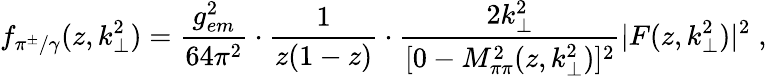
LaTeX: f_{\pi^{\pm}/\gamma}(z,k_{\perp}^{2})=\frac{g_{em}^{2}}{64\pi^{2}}\cdot\frac{1}{z(1-z)}\cdot\frac{2k_{\perp}^{2}}{[0-M_{\pi\pi}^{2}(z,k_{\perp}^{2})]^{2}}|F(z,k_{\perp}^{2})|^{2}\; ,